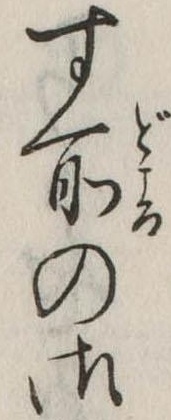
す所の御